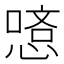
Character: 𠼿